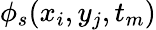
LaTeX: \phi_{s}(x_{i},y_{j},t_{m})